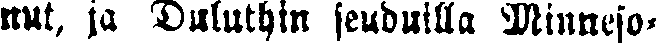
nut, ja Duluthin seuduilla Minneso-